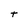
Character: t